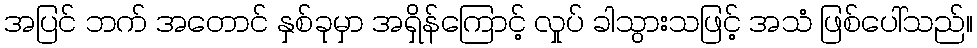
အပြင် ဘက် အတောင် နှစ်ခုမှာ အရှိန်ကြောင့် လှုပ် ခါသွားသဖြင့် အသံ ဖြစ်ပေါ်သည်။